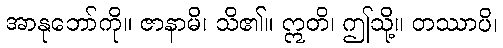
အာနုဘော်ကို။ ဇာနာမိ၊ သိ၏။ ဣတိ၊ ဤသို့။ တဿာပိ၊